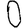
Digit: 0